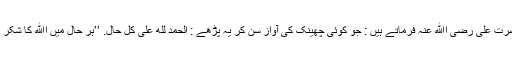
حضرت علی رضی اﷲ عنہ فرماتے ہیں : جو کوئی چھینک کی آواز سن کر یہ پڑھے : الحمد لِلّٰهِ علٰی کُلِّ حَالٍ. ’’ہر حال میں اﷲ کا شکر ہے۔